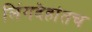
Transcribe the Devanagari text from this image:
लिंगदेहांतच